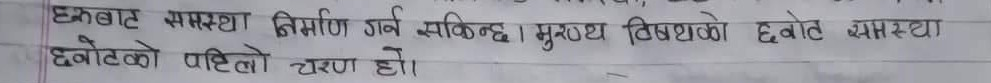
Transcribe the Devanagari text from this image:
छनोट बाट समस्या निर्माण गर्न सकिन्छ । मुख्य विषयको छनोट समस्या
छनोटको पहिलो चरण हो।